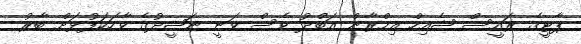
ޕާޓީގެ ރައީސް ޝެއިހް އިމްރާން އަބްދު ވެސް ވަނީ ނަޝީދުގެ ވާހަކަފުޅަށް ބާރު